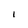
Character: I